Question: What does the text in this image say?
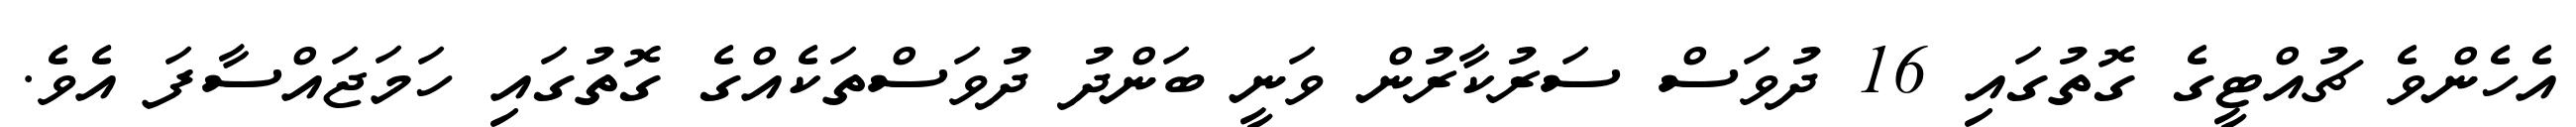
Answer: އެހެންވެ ޗުއްޓީގެ ގޮތުގައި 16 ދުވަސް ސަރުކާރުން ވަނީ ބަންދު ދުވަސްތަކެއްގެ ގޮތުގައި ހަމަޖައްސާފަ އެވެ.